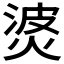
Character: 𰞹